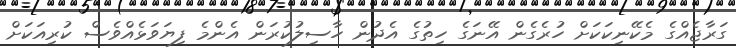
ގަރާޖެއްގެ މެކޭނިކަކަށް ހުރެގެން އޭނަގެ ހިތުގެ އެދުން ހާސިލުކުރަން އެންމެ ފިޔަވަޅެއްވެސް ކުރިއަކަށް